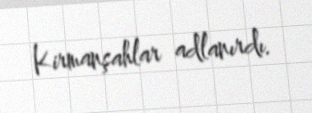
Kirmanşahlar adlanırdı.